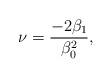
LaTeX: \begin{align*}\nu =\frac{- 2 \beta_{1}}{\beta_{0}^{2}},\end{align*}